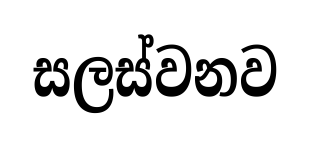
සලස්වනව